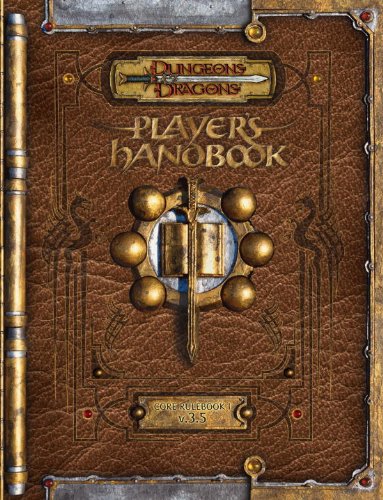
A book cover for Dungeons & Dragons 3.5 Player's Handbook; Wizards RPG Team; Science Fiction & Fantasy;